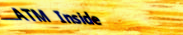
ATM Inside